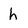
Character: h